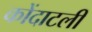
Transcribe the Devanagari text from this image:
कोंदाटली